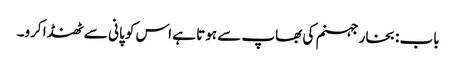
باب : بخار جہنم کی بھاپ سے ہوتا ہے اس کو پانی سے ٹھنڈا کرو۔